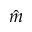
\hat { m }